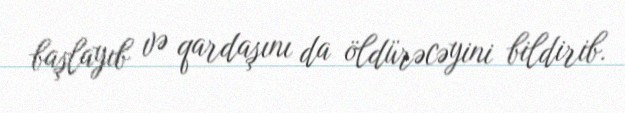
başlayıb və qardaşını da öldürəcəyini bildirib.